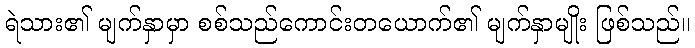
ရဲသား၏ မျက်နှာမှာ စစ်သည်ကောင်းတယောက်၏ မျက်နှာမျိုး ဖြစ်သည်။